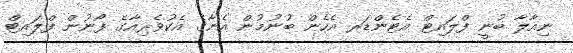
ނިއާލާ ބުނީ ފްލައިޓް އެޓެންޑަރ އެހެން ބުނުމުން އެނާގެ އެކުވެރިއާގެ ފޯނުން ފްލައިޓް